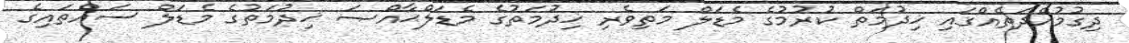
ދިގުމުއްދަތެއްގައި ޚިދުމަތް ކުރުމުގެ މެޑަލް މަތިވެރި ޚިދުމަތުގެ މެޑަލްޙާއްޞަ ޚިދުމަތުގެ މެޑަލް ސައްތައިގެ